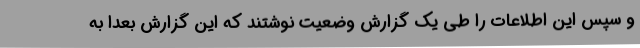
و سپس این اطلاعات را طی یک گزارش وضعیت نوشتند که این گزارش بعدا به